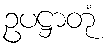
ဥပဋ္ဌာတုံ